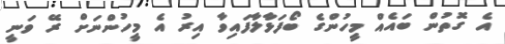
އެ ގޮތުން ބައެއް މީހުންގެ ބޯފަޅާލާފައިވާ އިރު އެ މީހުންނަށް ރޭ ވަނީ